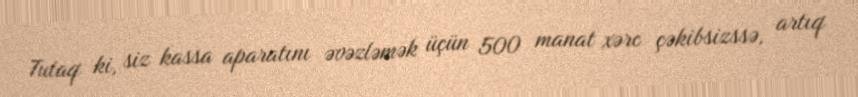
Tutaq ki, siz kassa aparatını əvəzləmək üçün 500 manat xərc çəkibsizssə, artıq